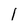
Character: l